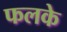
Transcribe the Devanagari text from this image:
फलके